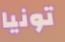
تونيا